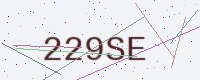
Text: 229SE